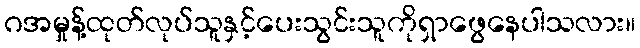
ဂအမှုန့်ထုတ်လုပ်သူနှင့်ပေးသွင်းသူကိုရှာဖွေနေပါသလား။